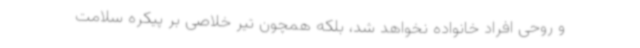
و روحی افراد خانواده نخواهد شد، بلکه همچون تیر خلاصی بر پیکره سلامت